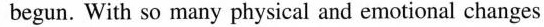
begun. With so many physical and emotional changes